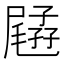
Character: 𡦥